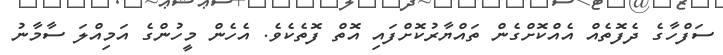
ސަފްހާގެ ދެފޮތެއް އެއްކޮށްގެން ތައްޔާރުކޮށްފައި އޮތް ފޮތެކެވެ. އެހެން މީހުންގެ އަމިއްލަ ސާމާނު